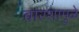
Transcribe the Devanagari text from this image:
वारशामुळे